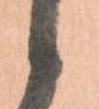
候